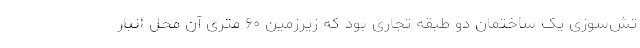
تش‌سوزی یک ساختمان دو طبقه تجاری بود که زیرزمین ۶٠ متری آن محل انبار